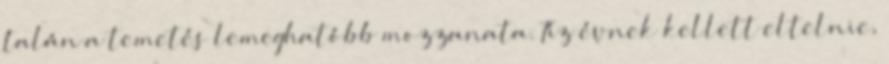
talán a temetés lemeghatóbb mozzanata. Tíz évnek kellett eltelnie,